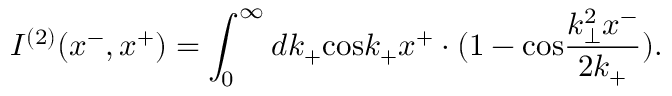
I ^ { ( 2 ) } ( x ^ { - } , x ^ { + } ) = \int _ { 0 } ^ { \infty } d k _ { + } \mathrm { c o s } k _ { + } x ^ { + } \cdot ( 1 - \mathrm { c o s } \frac { k _ { \bot } ^ { 2 } x ^ { - } } { 2 k _ { + } } ) .